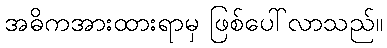
အဓိကအားထားရာမှ ဖြစ်ပေါ်လာသည်။